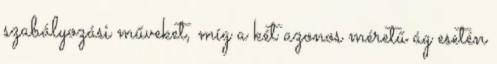
szabályozási műveket, míg a két azonos méretű ág esetén